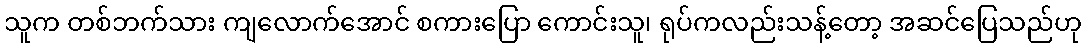
သူက တစ်ဘက်သား ကျလောက်အောင် စကားပြော ကောင်းသူ၊ ရုပ်ကလည်းသန့်တော့ အဆင်ပြေသည်ဟု